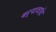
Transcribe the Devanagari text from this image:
बर्‍यावाईट